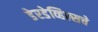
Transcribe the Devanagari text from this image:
डेरडेव्हिल्सचे